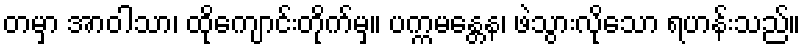
တမှာ အာဝါသာ၊ ထိုကျောင်းတိုက်မှ။ ပက္ကမန္တေန၊ ဖဲသွားလိုသော ရဟန်းသည်။